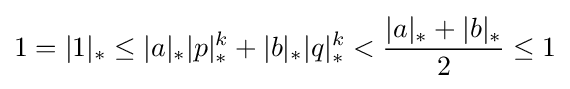
1=|1|_{*}\leq |a|_{*}|p|_{*}^{k}+|b|_{*}|q|_{*}^{k}<{\frac {|a|_{*}+|b|_{*}}{2}}\leq 1